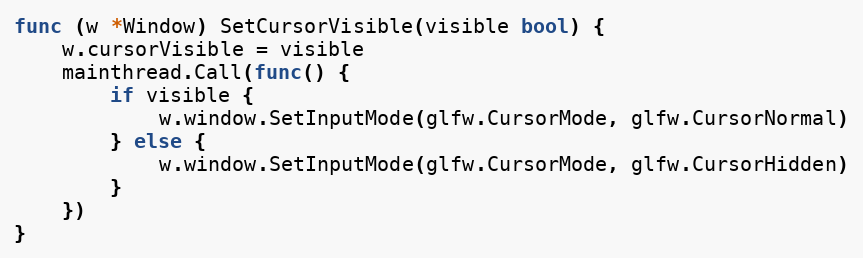
Language: Go
func (w *Window) SetCursorVisible(visible bool) {
	w.cursorVisible = visible
	mainthread.Call(func() {
		if visible {
			w.window.SetInputMode(glfw.CursorMode, glfw.CursorNormal)
		} else {
			w.window.SetInputMode(glfw.CursorMode, glfw.CursorHidden)
		}
	})
}